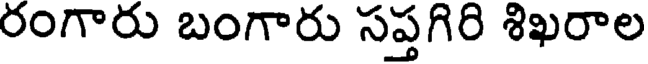
రంగారు బంగారు సప్తగిరి శిఖరాల